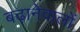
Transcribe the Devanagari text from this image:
बढ़ानेवालों